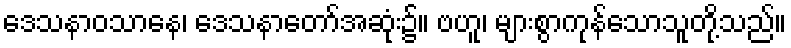
ဒေသနာဝသာနေ၊ ဒေသနာတော်အဆုံး၌။ ဗဟူ၊ များစွာကုန်သောသူတို့သည်။